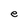
Character: e